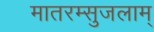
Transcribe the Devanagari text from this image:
मातरम्सुजलाम्